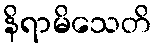
နိရာမိသေတိ